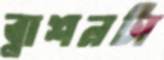
ব্লাশনটা